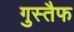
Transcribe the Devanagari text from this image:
गुस्तैफ